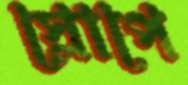
স্লোপে